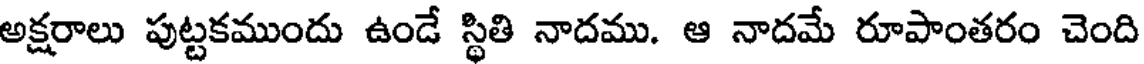
అక్షరాలు పుట్టకముందు ఉండే స్థితి నాదము. ఆ నాదమే రూపాంతరం చెంది